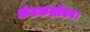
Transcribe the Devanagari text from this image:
कंटकशोधन।